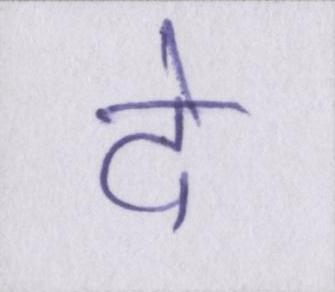
दे